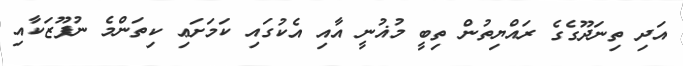
އަދި ތިނަދޫގެގެ ރައްޔިތުން ތިބީ މުޣުނީ އާއި އެކުގައި ކަމަށަޢި ކިތަންމެ ނުފޫޒަކާއި